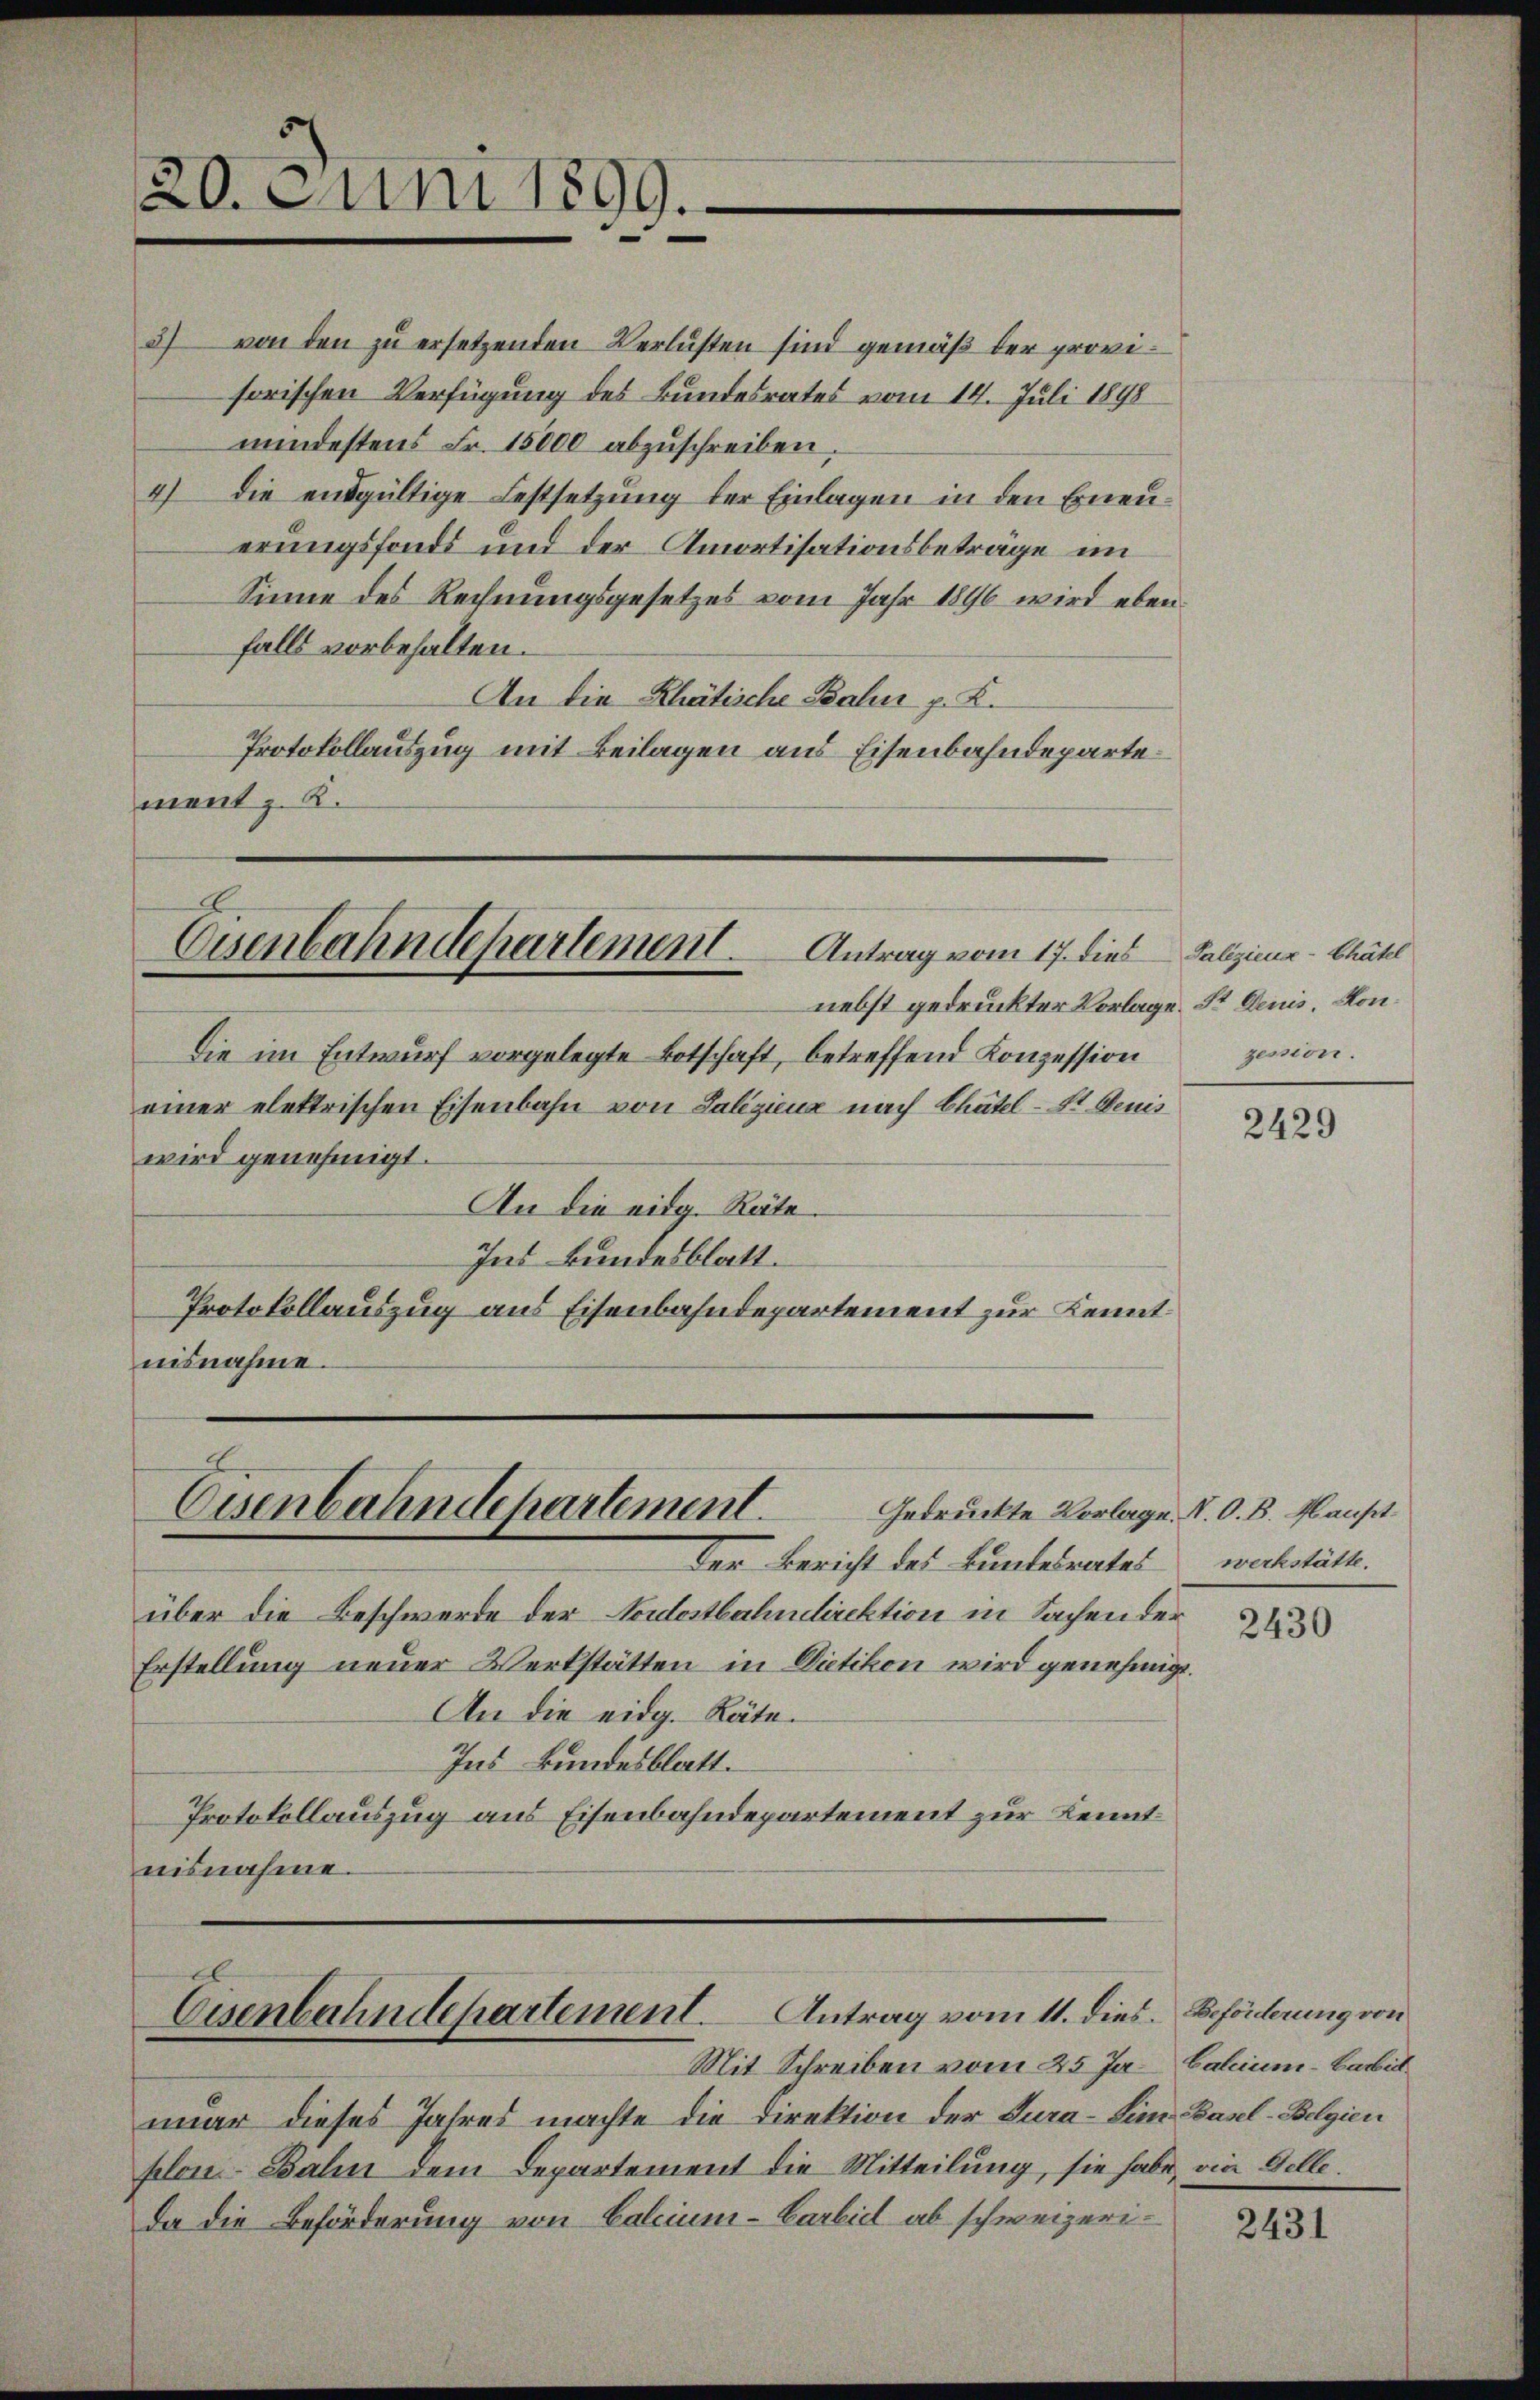
20. Juni 1899.

27
von den zu ersetzenden Verlusten sind gemäß der provisorischen Verfügung des Bundesrates vom 14. Juli 1898
mindestens Fr. 15000 abzuschreiben.
4) die entgültige Festsetzung der Einlagen in den Erneuerungsfonds und der Amortisationsbeträge im
Sinne des Rechnungsgesetzes vom Jahr 1896 wird ebenfalls vorbehalten.
An die Rhätische Bahn p. K.
Protokollauszug mit Beilagen aus Eisenbahndepartement z. B.

Eisenbahndepartement.
Antrag vom 17. dies
nebst gedruckter Vorlage. Sr. Denis. Kon¬

Eisenbahndepartement.
Gedruckte Vorlage. N. O. B. Maust
der Bericht des Bundesrates wechstätte.

Die im Entwurf vorgelegte Botschaft, betreffend Konzession
einer elektrischen Eisenbahn von Galiziena nach Chätel-St. Genis
wird genehmigt.
An die eidg. Räte.
Ins Bundesblatt.
Protokollauszug aus Eisenbahndepartement zur Kenntnisnahme.

über die Beschwerde der Nordostbahndirektion in Sachen der
Erstellung neuer Werkstätten in Dietikon wird genehmigt.
An die eidg. Räte.
Ins Bundesblatt.
Protokollauszug aus Eisenbahndepartement zur Kenntnisnahme.

Cisenbahndepartement. Antrag vom 11. dies. Beförderung von

Mit Schreiben vom 25. Ja Calum-Barbitmar dieses Jahres machte die Direktion der Tura-Sim Basel-Belgien
plon Balin dem Departement die Mitteilung, sie habe, die Gelle.
da die Beförderung von Calcium-Barbid ab schweizeri¬

Paliziens-Chätel
zession.

2429

2430

2431